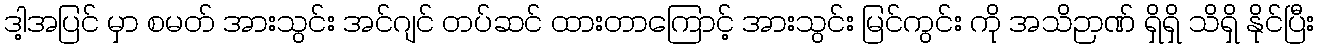
ဒါ့အပြင် မှာ စမတ် အားသွင်း အင်ဂျင် တပ်ဆင် ထားတာကြောင့် အားသွင်း မြင်ကွင်း ကို အသိဉာဏ် ရှိရှိ သိရှိ နိုင်ပြီး